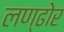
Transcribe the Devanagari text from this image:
लण्ढोर